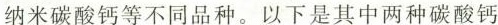
纳米碳酸钙等不同品种。以下是其中两种碳酸钙